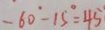
- 6 0 ^ { \circ } - 1 5 ^ { \circ } = 4 5 ^ { \circ }